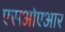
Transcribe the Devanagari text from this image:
एसओएआर